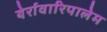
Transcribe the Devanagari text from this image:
येर्रावारिपालेम